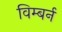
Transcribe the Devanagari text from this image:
विम्बर्न